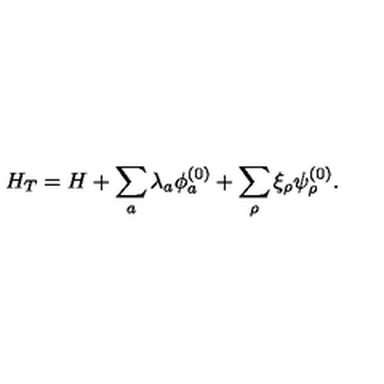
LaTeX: H _ { T } = H + \sum _ { a } \lambda _ { a } \phi _ { a } ^ { ( 0 ) } + \sum _ { \rho } \xi _ { \rho } \psi _ { \rho } ^ { ( 0 ) } .